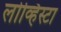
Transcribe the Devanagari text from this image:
लोव्हिस्टा